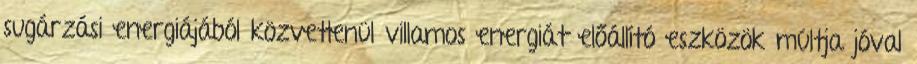
sugárzási energiájából közvetlenül villamos energiát előállító eszközök múltja jóval